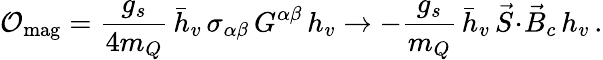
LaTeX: {\cal O}_{\mathrm{mag}}={\frac{g_{s}}{4m_{Q}}}\, \bar{h}_{v}\, \sigma_{\alpha\beta}\, G^{\alpha\beta}\, h_{v}\to-{\frac{g_{s}}{m_{Q}}}\, \bar{h}_{v}\, \vec{S}\! \cdot\! \vec{B}_{c}\, h_{v}\, .